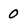
Character: 0